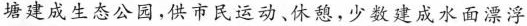
塘建成生态公园。供市民运动、休憩，少数建成水面漂浮